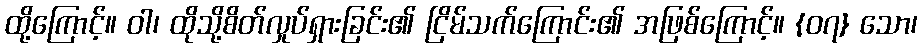
ထို့ကြောင့်။ ဝါ၊ ထိုသို့စိတ်လှုပ်ရှားခြင်း၏ ငြိမ်သက်ကြောင်း၏ အဖြစ်ကြောင့်။ {၀၇} သော၊